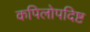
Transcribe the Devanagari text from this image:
कपिलोपदिष्ट